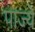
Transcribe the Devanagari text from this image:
पाज्ये